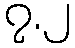
၇.၂